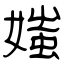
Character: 媸